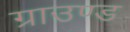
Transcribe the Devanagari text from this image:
ग्राउण्‍ड